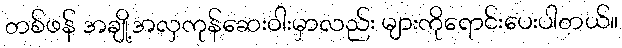
တစ်ဖန် အချို့အလှကုန်ဆေးဝါးမှာလည်း များကိုရောင်းပေးပါတယ်။